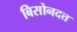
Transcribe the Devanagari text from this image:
बिसोनदत्त